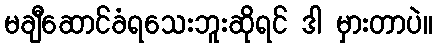
မချီဆောင်ခံရသေးဘူးဆိုရင် ဒါ မှားတာပဲ။